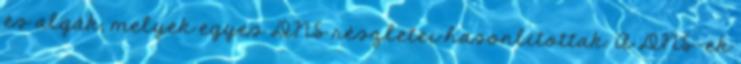
és algák, melyek egyes DNS részletei hasonlítottak. A DNS-ek